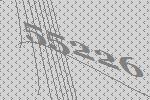
55226